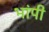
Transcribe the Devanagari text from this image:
भांपी